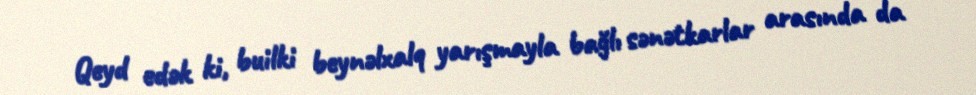
Qeyd edək ki, builki beynəlxalq yarışmayla bağlı sənətkarlar arasında da